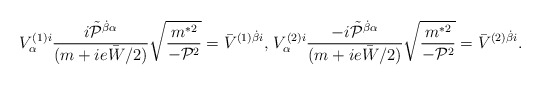
\begin{align*}{\displaystyle V^{(1)i}_\alpha\frac{i\tilde{\cal P}^{\dot\beta\alpha}}{(m+ie\bar W/2)}\sqrt{\frac{m^{*2}}{-{\cal P}^2}}=\bar V^{(1)\dot\beta i}\mbox{, }V^{(2)i}_\alpha\frac{-i\tilde{\cal P}^{\dot\beta\alpha}}{(m+ie\bar W/2)}\sqrt{\frac{m^{*2}}{-{\cal P}^2}}=\bar V^{(2)\dot\beta i}}.\end{align*}